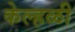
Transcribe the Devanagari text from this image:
केल्हळी